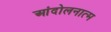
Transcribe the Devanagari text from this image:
आंदोलनात्म